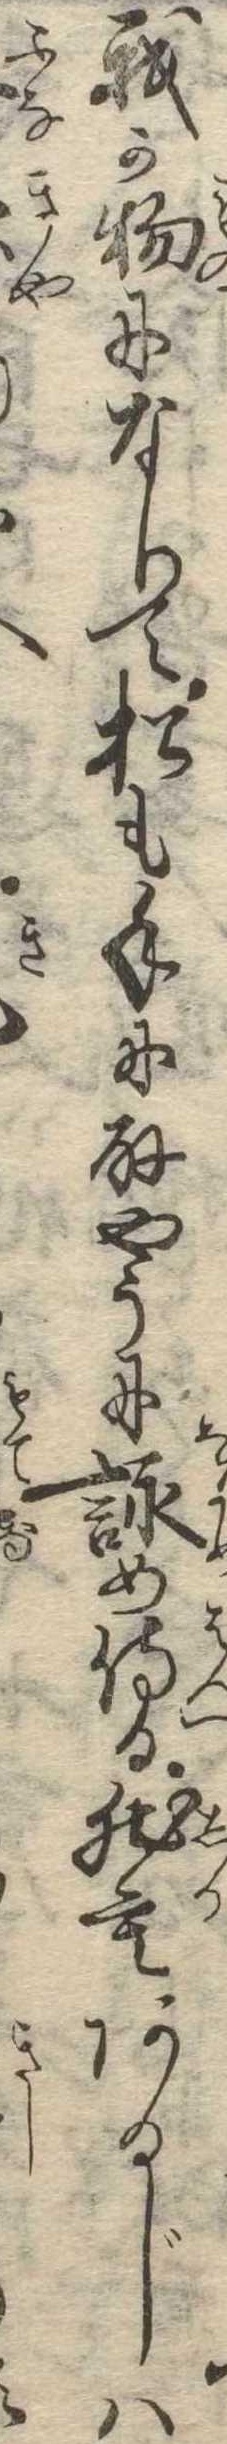
我か物になりて松も手に取やうに詠め侍る然もあるじは